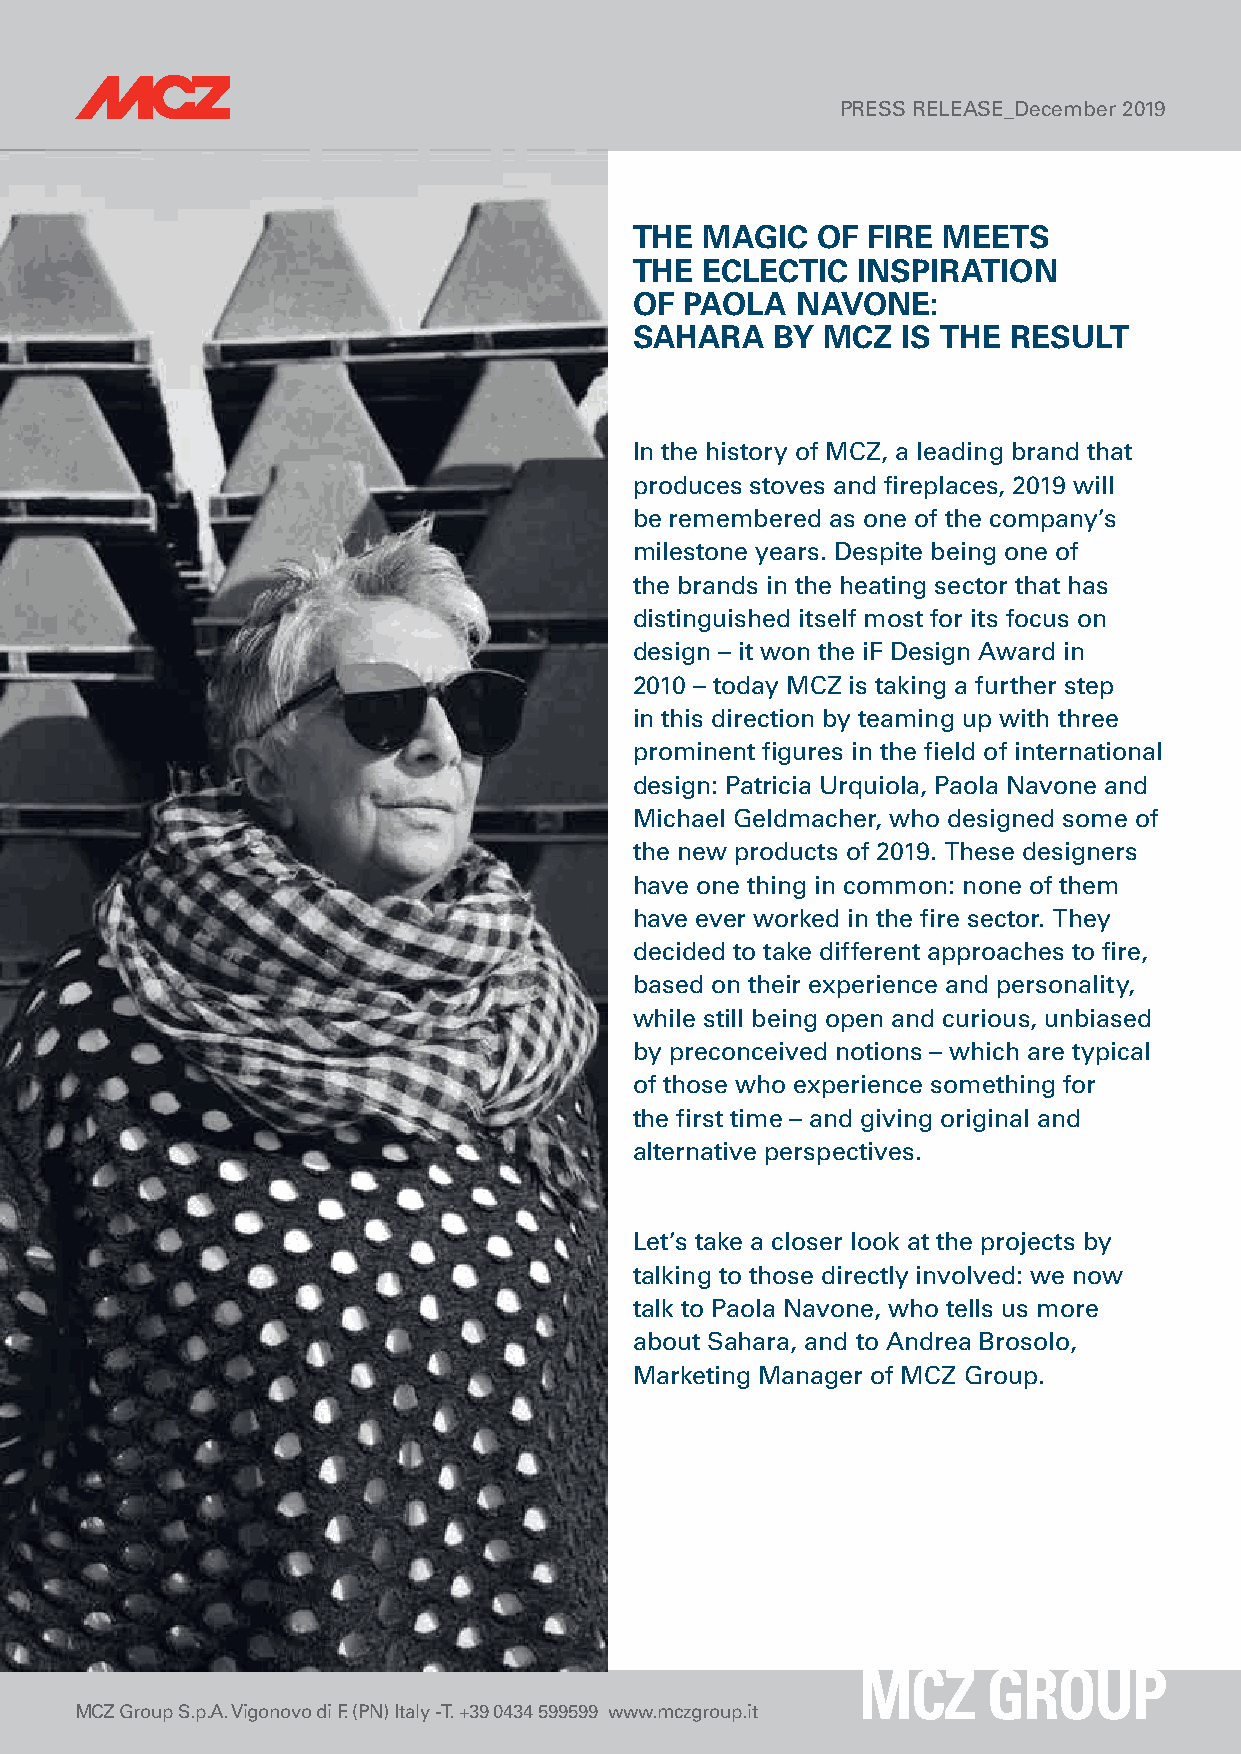
PRESS RELEASE_December 2019
 THE MAGIC   OF FIRE MEETS
 THE ECLECTIC   INSPIRATION
 OF PAOLA   NAVONE:
 SAHARA   BY MCZ   IS THE RESULT
 In the history of MCZ, a leading brand that
 produces stoves and fireplaces, 2019 will
 be remembered as one of the company’s
 milestone years. Despite being one of
 the brands in the heating sector that has
 distinguished itself most for its focus on
 design – it won the iF Design Award in
 2010 – today MCZ is taking a further step
 in this direction by teaming up with three
 prominent figures in the field of international
 design: Patricia Urquiola, Paola Navone and
 Michael Geldmacher, who designed some of
 the new products of 2019. These designers
 have one thing in common: none of them
 have ever worked in the fire sector. They
 decided to take different approaches to fire,
 based on their experience and personality,
 while still being open and curious, unbiased
 by preconceived notions – which are typical
 of those who experience something for
 the first time – and giving original and
 alternative perspectives.
 Let’s take a closer look at the projects by
 talking to those directly involved: we now
 talk to Paola Navone, who tells us more
 about Sahara, and to Andrea Brosolo,
 Marketing Manager of MCZ Group.
 MCZ Group S.p.A. Vigonovo di F. (PN) Italy - T. +39 0434 599599 www.mczgroup.it